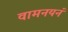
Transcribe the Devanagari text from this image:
वामनयनं